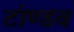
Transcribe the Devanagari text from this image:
टांण्डव